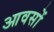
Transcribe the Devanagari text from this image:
आवसों